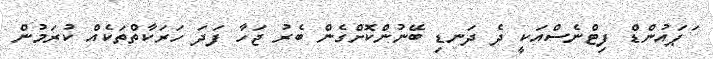
ަޕައުންޑް ފިޓްނެސްއަކީ ދެ ދަނޑި ބޭނުންކޮށްގެން ބެރު ޖަހާ ފަދަ ހަރަކާތްތަކެއް ކުރަމުން